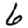
Digit: 6